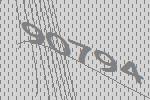
90794